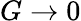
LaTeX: G\rightarrow 0